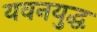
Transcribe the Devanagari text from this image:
यवनयुद्ध